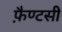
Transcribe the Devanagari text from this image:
फ़ैण्टसी